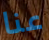
عنا